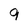
Character: 9